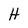
Character: H